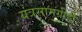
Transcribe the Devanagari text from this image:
यंत्रसामग्रीही